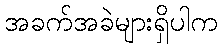
အခက်အခဲများရှိပါက